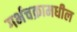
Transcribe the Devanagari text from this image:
गर्भचक्रामधील